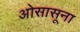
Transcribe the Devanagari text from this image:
ओसासूना